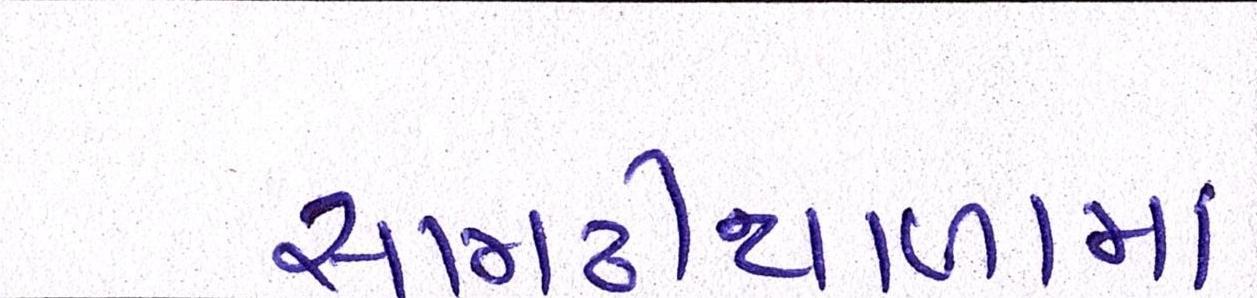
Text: સામઢીયાળામાં